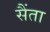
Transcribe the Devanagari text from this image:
सैंता